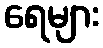
ရေများ